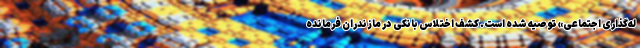
له‌گذاری اجتماعی» توصیه شده است. کشف اختلاس بانکی در مازندران فرمانده